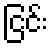
ငြင်း